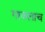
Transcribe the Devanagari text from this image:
गाजलाच